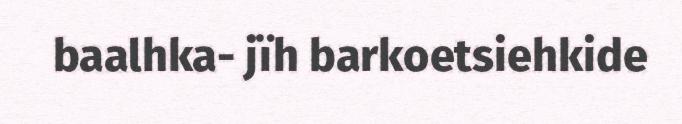
baalhka- jïh barkoetsiehkide